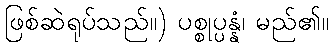
ဖြစ်ဆဲရုပ်သည်။) ပစ္စုပ္ပန္နံ၊ မည်၏။